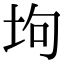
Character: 坸